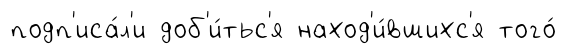
подп'иса́л'и доб'и́тьс'я наход'и́вшихс'я того́